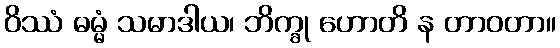
ဝိဿံ ဓမ္မံ သမာဒါယ၊ ဘိက္ခု ဟောတိ န တာဝတာ။